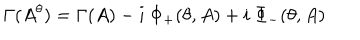
\Gamma ( A ^ { \theta } ) = \Gamma ( A ) - i \ \Phi _ { + } ( \theta , A ) + i \ \Phi _ { - } ( \theta , A )